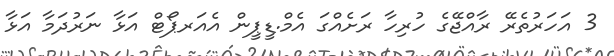
3 އަހަރުތެރޭ ރާއްޖޭގެ ހުރިހާ ރަށެއްގަ އެމް.ޑީޕީން އެއަރޕޯޓް އަޅާ ނަރުދަމާ އަޅާ